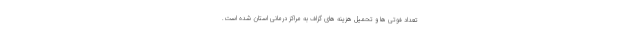
تعداد فوتی ها و تحمیل هزینه های گزاف به مراکز درمانی استان شده است.